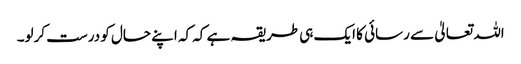
اللہ تعالیٰ سے رسائی کا ایک ہی طریقہ ہے کہ کہ اپنے حال کو درست کرلو۔